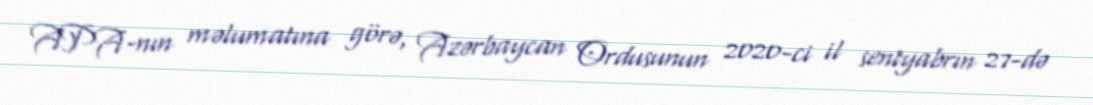
APA-nın məlumatına görə, Azərbaycan Ordusunun 2020-ci il sentyabrın 27-də